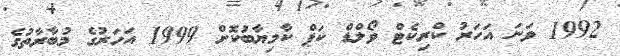
1992 ވަނަ އަހަރު ކްރިކެޓް ވޯލްޑް ކަޕް ކާމިޔާބުކޮށް 1999 އަހަރުގެ މުބާރާތުގެ